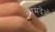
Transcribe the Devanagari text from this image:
कामदेओ